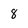
Character: 8